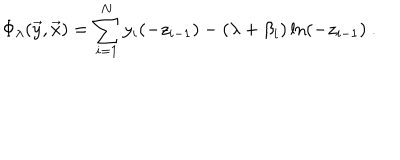
\Phi _ { \lambda } ( { \vec { y } } , { \vec { x } } ) = \sum _ { i = 1 } ^ { N } y _ { i } ( - z _ { i - 1 } ) - ( \lambda + \beta _ { i } ) \ln ( - z _ { i - 1 } ) ~ .